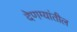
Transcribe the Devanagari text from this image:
देणग्यांतील